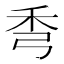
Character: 𥝙